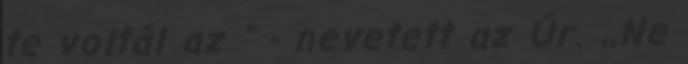
te voltál az " - nevetett az Úr. ,,Ne